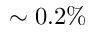
\sim 0 . 2 \%